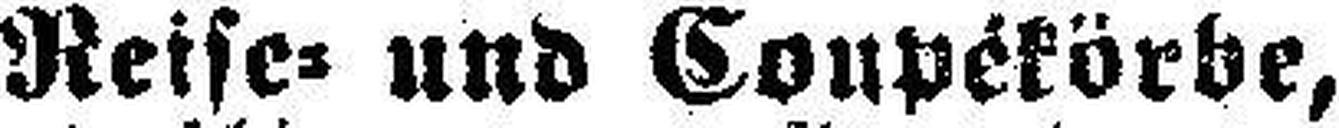
Reise= und Coupékörbe,